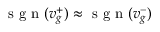
\textrm { s g n } ( v _ { g } ^ { + } ) \approx \textrm { s g n } ( v _ { g } ^ { - } )